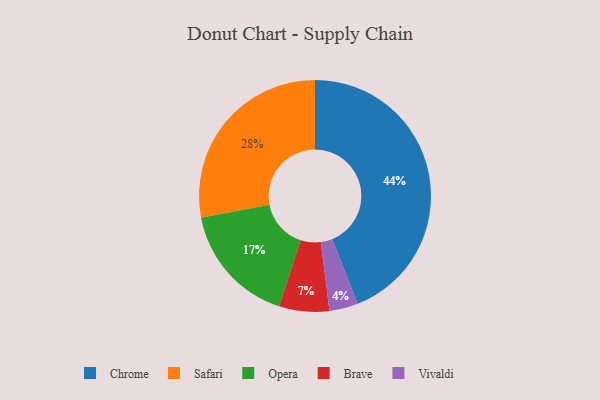
{"axis": {"x": "Category", "y": "Percentage"}, "legend": ["Brave", "Chrome", "Opera", "Safari", "Vivaldi"], "data": [{"x": "Safari", "y": 28, "type": "Safari"}, {"x": "Chrome", "y": 44, "type": "Chrome"}, {"x": "Opera", "y": 17, "type": "Opera"}, {"x": "Brave", "y": 7, "type": "Brave"}, {"x": "Vivaldi", "y": 4, "type": "Vivaldi"}]}